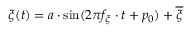
\xi ( t ) = a \cdot \sin ( 2 \pi f _ { \xi } \cdot t + p _ { 0 } ) + \overline { \xi }